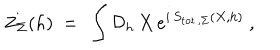
Z _ { \Sigma } ( h ) \ = \ \int { \mathcal D } _ { h } \, X \, e ^ { i \, S _ { \mathrm { t o t . , } \Sigma } ( X , h ) } \ ,